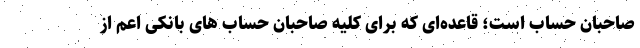
صاحبان حساب است؛ قاعده‌ای که برای کلیه صاحبان حساب های بانکی اعم از